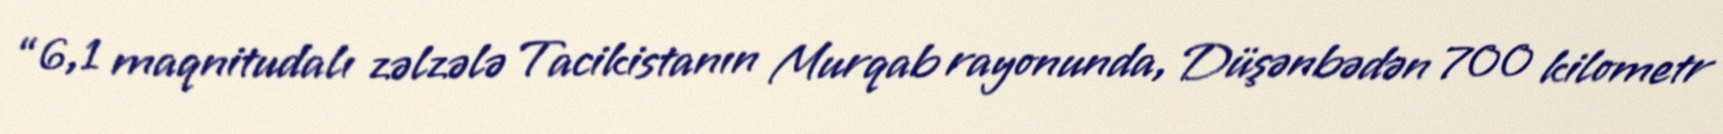
“6,1 maqnitudalı zəlzələ Tacikistanın Murqab rayonunda, Düşənbədən 700 kilometr